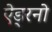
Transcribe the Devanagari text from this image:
ऐड्रनो